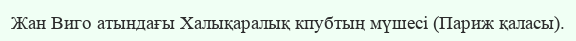
Жан Виго атындағы Халықаралық кпубтың мүшесі (Париж қаласы).